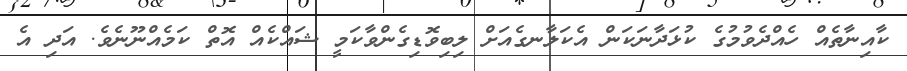
ކާއިނާތެއް ހެއްދެވުމުގެ ކުޅަދާނަކަން އެކަލާނގެއަށް ލިބިވޮޑިގެންވާކަމީ ޝައްކެއް އޮތް ކަމެއްނޫނެވެ. އަދި އެ